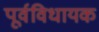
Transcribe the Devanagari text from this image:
पूर्वविधायक